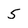
Character: 5